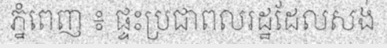
ភ្នំពេញ ៖ ផ្ទះប្រជាពលរដ្ឋដែលសង់